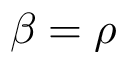
\beta = \rho